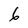
Character: 6